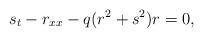
LaTeX: \begin{align*}s_{t}-r_{xx}-q(r^{2}+s^{2})r=0, \end{align*}